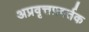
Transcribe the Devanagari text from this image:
अप्रवृत्तप्रवर्तक